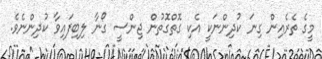
މީގެ ތެރެއިން ގިނަ ކުދިންނަކީ އެކި ގޮތްގޮތުން ޖިންސީ ގޯނާ ލިބިފައިވާ ކުދިންނެވެ.